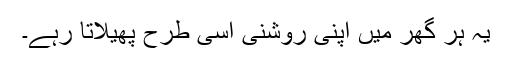
یہ ہر گھر میں اپنی روشنی اسی طرح پھیلاتا رہے۔